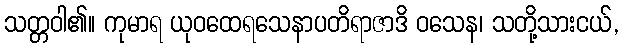
သတ္တဝါ၏။ ကုမာရ ယုဝထေရသေနာပတိရာဇာဒိ ဝသေန၊ သတို့သားငယ်,